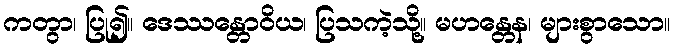
ကတွာ၊ ပြု၍။ ဒေဿန္တောဝိယ၊ ပြသကဲ့သို့။ မဟန္တေန၊ များစွာသော။